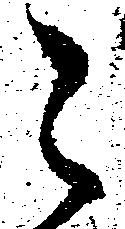
々